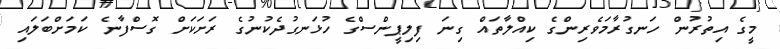
މީގެ އިތުރުން ހަނގުރާމަވެރިންގެ ކިއްލާތައް ގިނަ ފިލިޕީންސްގެ ހުޅަނގުދެކުނުގެ ރަށަކަށް ގޮސްފާނެ ކަމަށްބަލައި